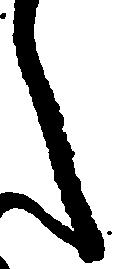
之